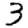
Digit: 3